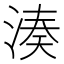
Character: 湊